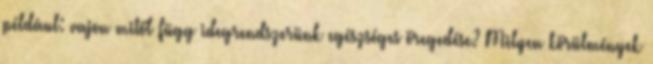
például: vajon mitől függ idegrendszerünk egészséges öregedése? Milyen körülmények